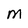
Character: M